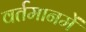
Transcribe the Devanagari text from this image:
वर्तमानमें